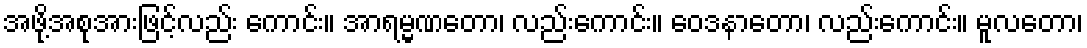
အဖို့အစုအားဖြင့်လည်း ကောင်း။ အာရမ္မဏတော၊ လည်းကောင်း။ ဝေဒနာတော၊ လည်းကောင်း။ မူလတော၊